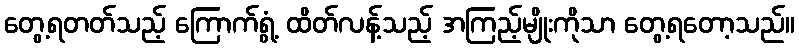
တွေ့ရတတ်သည့် ကြောက်ရွံ့ ထိတ်လန့်သည့် အကြည့်မျိုးကိုသာ တွေ့ရတော့သည်။